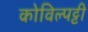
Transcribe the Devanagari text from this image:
कोविल्पट्टी